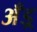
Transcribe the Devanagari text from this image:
अँड्र्